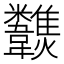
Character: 𩏶